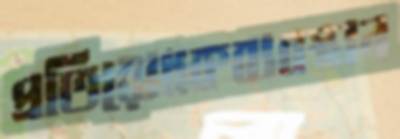
প্রতিরোধকব্যবস্থান